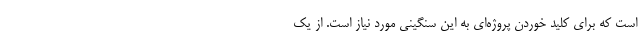
است که برای کلید خوردن پروژه‌ای به این سنگینی مورد نیاز است. از یک